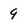
Character: 9